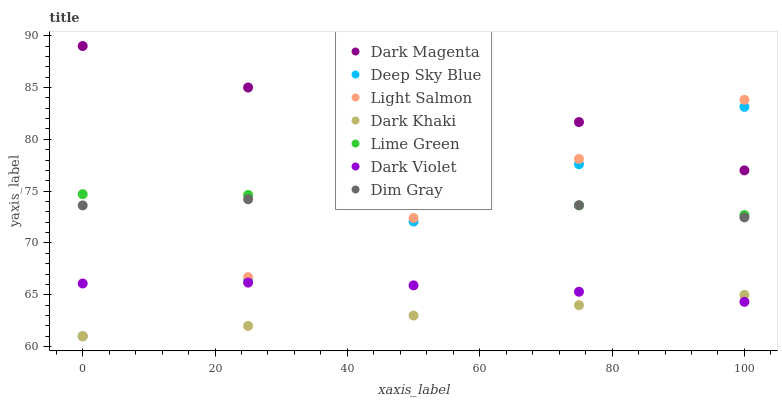
| xaxis_label | Dark Magenta | Deep Sky Blue | Light Salmon | Dark Khaki | Lime Green | Dark Violet | Dim Gray |
 | --- | --- | --- | --- | --- | --- | --- | --- |
 | 0 | 89 | 61 | 61 | 61 | 74.7 | 66.1 | 73.6 |
 | 25 | 85 | 66.5 | 66.7 | 62 | 74.6 | 66.2 | 74.2 |
 | 50 | 84.2 | 72.1 | 72.4 | 63 | 74.3 | 65.9 | 74.2 |
 | 75 | 81.7 | 77.6 | 78.1 | 64 | 73.6 | 65.3 | 73.6 |
 | 100 | 77 | 83.1 | 83.8 | 65 | 72.7 | 64.3 | 72.5 |